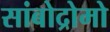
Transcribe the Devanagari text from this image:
सांबोद्रोमो